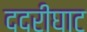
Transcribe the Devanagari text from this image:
ददरीघाट